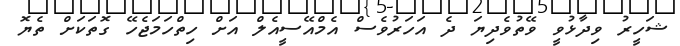
ޝަހީރު ވިދާޅުވީ ވޭތުވެދިޔަ ދެ އަހަރުވެސް އެމްއޭސީއެލް އަށް ހިތްހަމަޖެހޭ ގޮތަކަށް ތެޔޮ